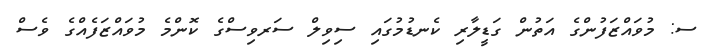
ސ: މުވައްޒަފުންގެ އަތުން ގަޑީލާރި ކެނޑުމުގައި ސިވިލް ސަރވިސްގެ ކޮންމެ މުވައްޒަފެއްގެ ވެސް